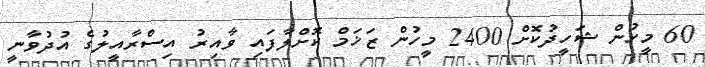
60 މީހުން ޝަހީދުކޮށް 2400 މީހުން ޒަޚަމް ކޮށްލާފައި ވާއިރު އިސްރާއީލުގެ އުދުވާނީ